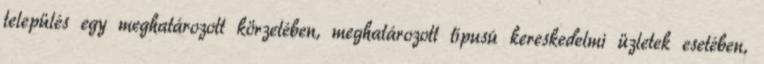
település egy meghatározott körzetében, meghatározott típusú kereskedelmi üzletek esetében,